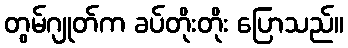
တွမ်ဂျုတ်က ခပ်တိုးတိုး ပြောသည်။